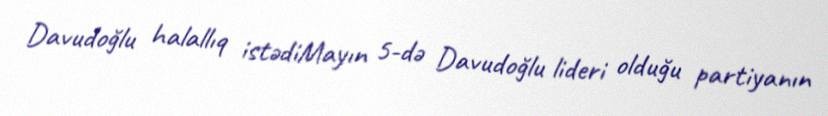
Davudoğlu halallıq istədiMayın 5-də Davudoğlu lideri olduğu partiyanın